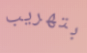
بتهريب